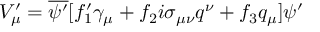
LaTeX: V _ { \mu } ^ { \prime } = \overline { { { \psi ^ { \prime } } } } [ f _ { 1 } ^ { \prime } \gamma _ { \mu } + f _ { 2 } i \sigma _ { \mu \nu } q ^ { \nu } + f _ { 3 } q _ { \mu } ] \psi ^ { \prime }